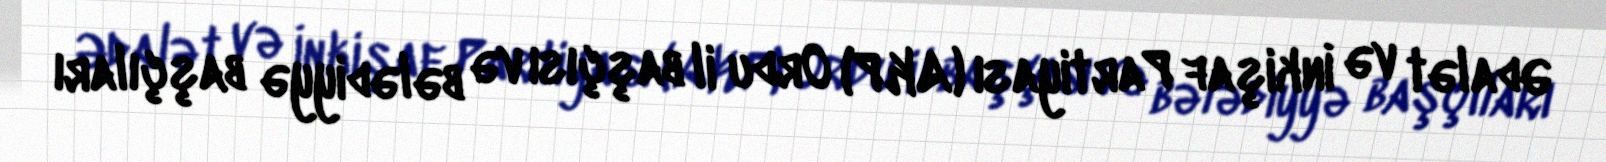
Ədalət və İnkişaf Partiyası (AKP) Ordu il başçısı və bələdiyyə başçıları